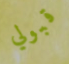
قبولي